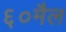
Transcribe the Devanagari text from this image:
६०मैल